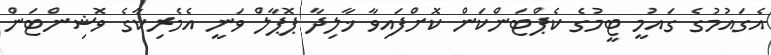
އެގައުމުގެ ގައުމީ ޓީމުގެ ކެޕްޓަންކަން ކޮށްފައިވާ ޚާލިދާ ޕޮޕާލް ވަނީ އެމެރިކާގެ ވޮޝިންޓަން